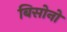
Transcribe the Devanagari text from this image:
बिसोनो